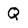
Character: Q